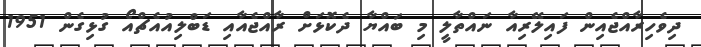
ދިވެހިރާއްޖެއިން ފައިލޭރިއާ ނައްތާލީ މި ބައްޔާ ދެކޮޅަށް ރާއްޖެއާއި ޑަބްލިއުއެޗްއޯ ގުޅިގެން 1951